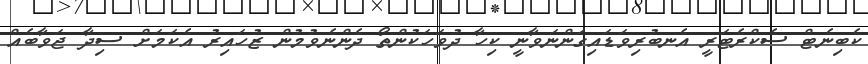
ކެބިނެޓް ސެކްރެޓަރީ އެނބުރިވަޑައިގަންނަވާނީ ކިހާ ދުވަހަކުންތޯ ދެންނެވުމުން ޒުހައިރު އެކަމަށް ސިދާ ޖަވާބެއް